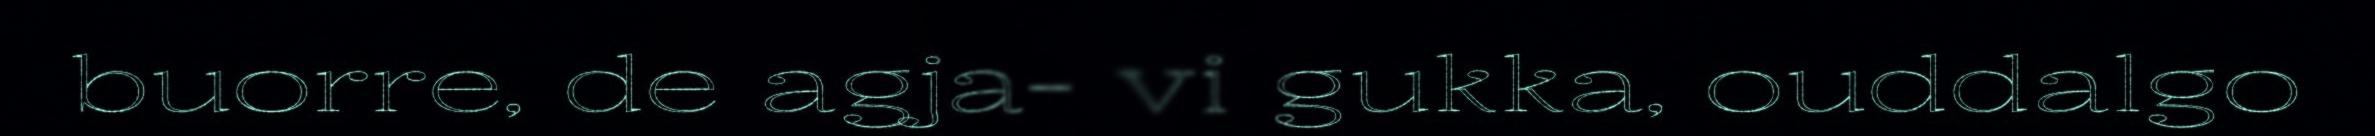
buorre, de agja- vi gukka, ouddalgo